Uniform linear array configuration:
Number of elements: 16
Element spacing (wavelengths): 0.25
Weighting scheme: binomial
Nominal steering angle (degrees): -45
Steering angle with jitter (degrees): -45.338
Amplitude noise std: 0.05
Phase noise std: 0.05

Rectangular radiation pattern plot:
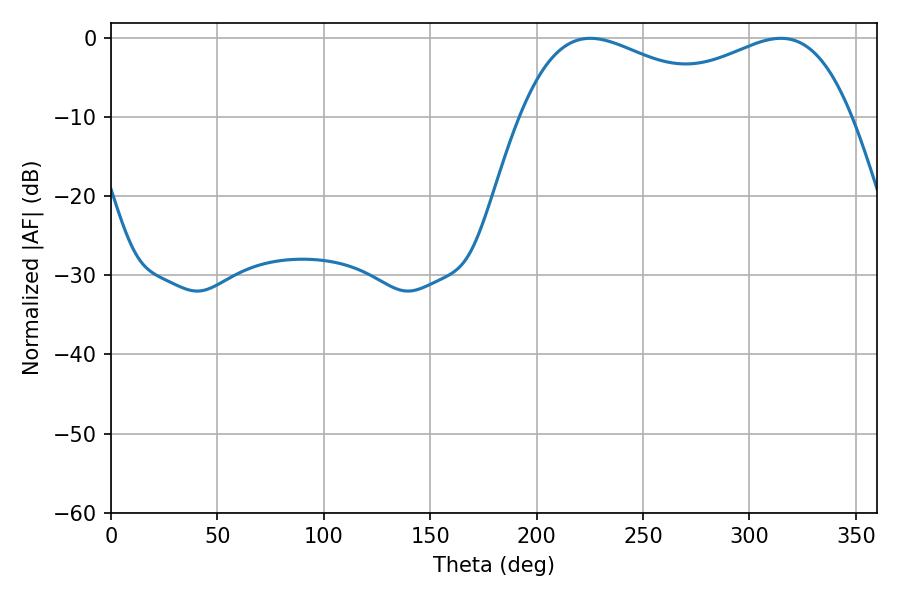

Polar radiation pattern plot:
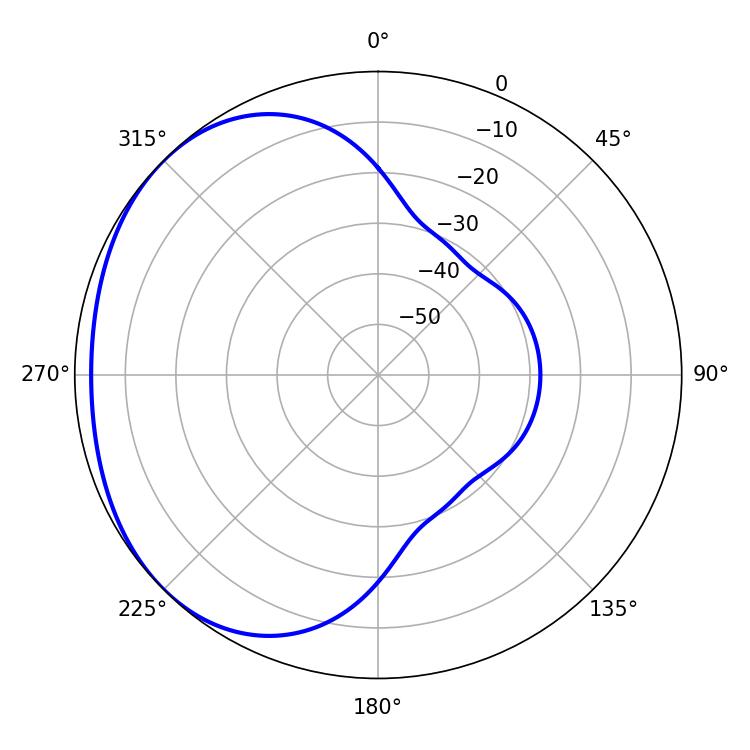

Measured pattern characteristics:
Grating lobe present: FALSE
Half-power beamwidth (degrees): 55.8
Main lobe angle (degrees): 225.18